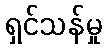
ရှင်သန်မှု